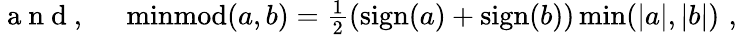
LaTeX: \begin{array}{rl}{\mathrm{~a~n~d~,~}}&{{}\operatorname{minmod}(a,b)=\frac{1}{2}\left(\operatorname{sign}(a)+\operatorname{sign}(b)\right)\operatorname*{min}(|a|,|b|)\, \, ,}\end{array}